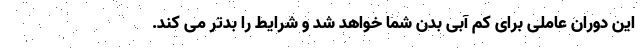
این دوران عاملی برای کم آبی بدن شما خواهد شد و شرایط را بدتر می کند.